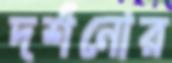
দর্শনোর